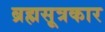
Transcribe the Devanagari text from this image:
ब्रह्मसूत्रकार